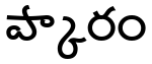
ప్కారం